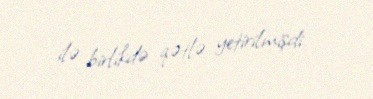
ilə birlikdə qətlə yetirilmişdi.